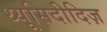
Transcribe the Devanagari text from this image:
थ्यूसिदीदिज़